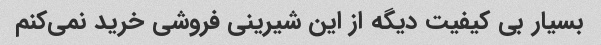
بسیار بی کیفیت دیگه از این شیرینی فروشی خرید نمی‌کنم